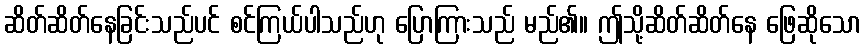
ဆိတ်ဆိတ်နေခြင်းသည်ပင် စင်ကြယ်ပါသည်ဟု ပြောကြားသည် မည်၏။ ဤသို့ဆိတ်ဆိတ်နေ ဖြေဆိုသော